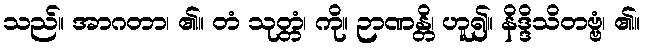
သည်။ အာဂတာ၊ ၏။ တံ သုတ္တံ၊ ကို။ ဉာဏန္တိ၊ ဟူ၍။ နိဒ္ဒိသိတဗ္ဗံ၊ ၏။